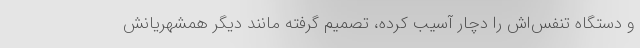
و دستگاه تنفس‌اش را دچار آسیب کرده، تصمیم گرفته مانند دیگر همشهریانش